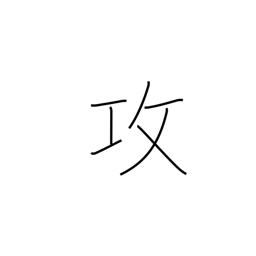
Meaning: criticize